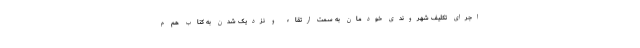
اجرای تکلیف شهروندی خودمان به سمت ارتقاء و نزدیک شدن به کتاب هم م